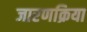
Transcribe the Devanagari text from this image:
जारणक्रिया